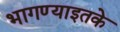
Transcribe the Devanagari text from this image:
भागण्याइतके